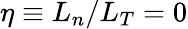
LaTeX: \eta\equiv L_{n}/L_{T}=0